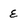
Character: e